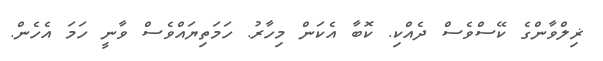
ޜިލްވާންގެ ކޭސްވެސް ދެއްކި. ކޮބާ އެކަން މިހާރު. ހަމަތިޔައްވެސް ވާނީ ހަމަ އެހެން.